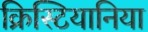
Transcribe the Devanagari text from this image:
क्रिस्टियानिया